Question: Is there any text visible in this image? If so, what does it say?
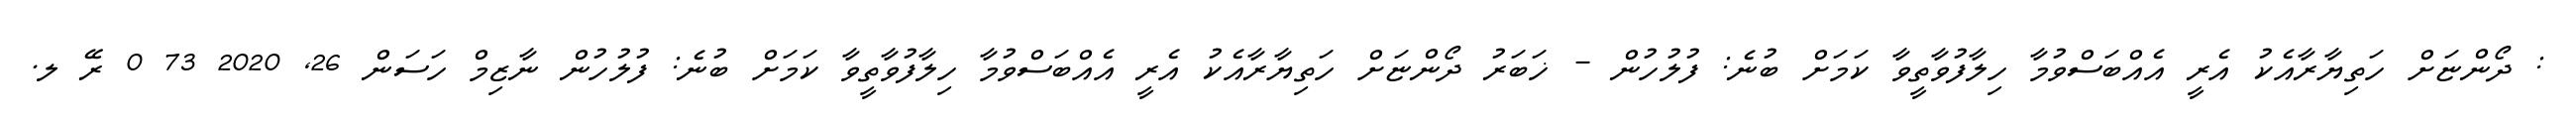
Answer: : ދޯންޏަށް ހަތިޔާރާއެކު އެރީ އެއްބަސްވުމާ ހިލާފުވާތީވާ ކަމަށް ބުނެ: ފުލުހުން - ޚަބަރު ދޯންޏަށް ހަތިޔާރާއެކު އެރީ އެއްބަސްވުމާ ހިލާފުވާތީވާ ކަމަށް ބުނެ: ފުލުހުން ނާޒިމް ހަސަން 26, 2020 73 0 ރޭ ލ.